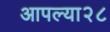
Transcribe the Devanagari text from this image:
आपल्या२८